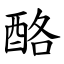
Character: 酪